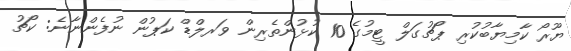
ޔޫރޯ ކާމިޔާބުކުރި ޕޯޗުގަލް ޓީމުގެ 10 ކުޅުންތެރިން ވަރލްޑް ކަޕުން ނުފެންނާނެ: ކޯޗު